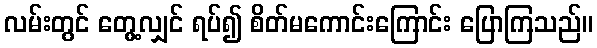
လမ်းတွင် တွေ့လျှင် ရပ်၍ စိတ်မကောင်းကြောင်း ပြောကြသည်။